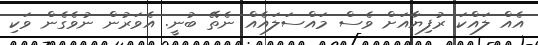
އެއް ލައްކަ ރުފިޔާއަށް ވެސް މައްސަލައެއް ނެތޭ ބުނީ. އެވަރުން ނުވެގެން ވަކި